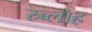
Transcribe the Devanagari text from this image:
स्र्ब्लोह